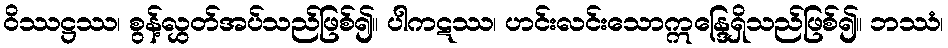
ဝိဿဋ္ဌဿ၊ စွန့်လွှတ်အပ်သည်ဖြစ်၍။ ပါကဋဿ၊ ဟင်းလင်းသောဣန္ဒြေရှိသည်ဖြစ်၍။ ဘဿံ၊